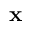
\mathbf { x }